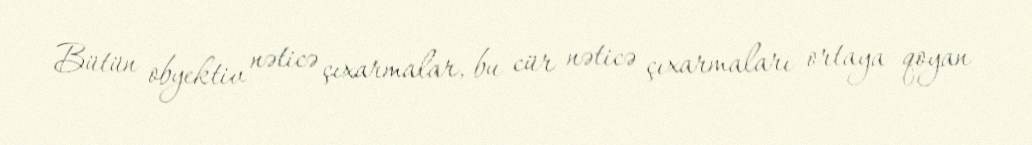
Bütün obyektiv nəticə çıxarmalar, bu cür nəticə çıxarmaları ortaya qoyan